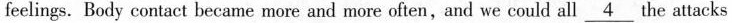
feelings. Body contact became more and more often,and we could all \underline{4} the attacks